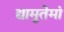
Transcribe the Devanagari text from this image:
द्यामुतेमां